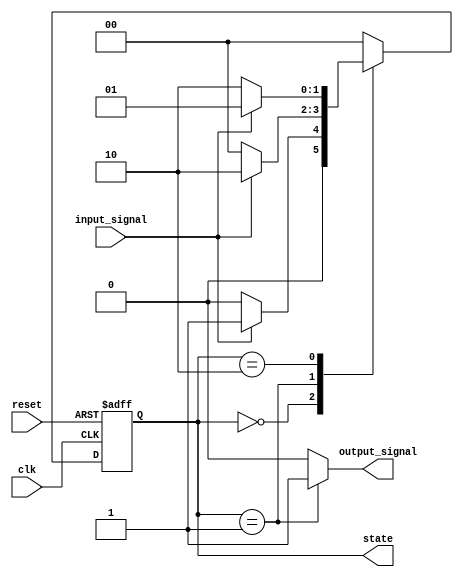
module moore_machine(
    input wire clk,               // Clock signal
    input wire reset,             // Asynchronous reset signal
    input wire input_signal,      // Input signal for state transitions
    output reg [1:0] state,      // Current state (2 bits for 4 states)
    output reg output_signal      // Output signal based on state
);

// State encoding
localparam S0 = 2'b00, // State 0
           S1 = 2'b01, // State 1
           S2 = 2'b10; // State 2

// State transition on clock edge
always @(posedge clk or posedge reset) begin
    if (reset) begin
        state <= S0; // Initialize to state S0 on reset
    end else begin
        case (state)
            S0: begin
                if (input_signal) begin
                    state <= S1; // Transition to state S1
                end else begin
                    state <= S0; // Remain in state S0
                end
            end
            
            S1: begin
                if (input_signal) begin
                    state <= S2; // Transition to state S2
                end else begin
                    state <= S0; // Transition back to state S0
                end
            end
            
            S2: begin
                if (input_signal) begin
                    state <= S1; // Transition back to state S1
                end else begin
                    state <= S2; // Remain in state S2
                end
            end
            
            default: begin
                state <= S0; // Default to state S0
            end
        endcase
    end
end

// Output logic based on current state
always @(state) begin
    case (state)
        S0: output_signal = 1'b0; // Output for state S0
        S1: output_signal = 1'b1; // Output for state S1
        S2: output_signal = 1'b0; // Output for state S2
        default: output_signal = 1'b0; // Default output
    endcase
end

endmodule